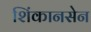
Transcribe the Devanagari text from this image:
शिंकानसेन